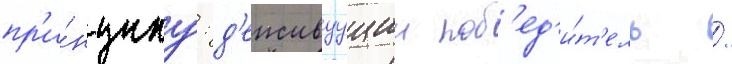
пр'и́нципу: д'еиствуущии поб'ед'и́т'ель /